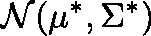
\mathcal { N } ( \mathbf { \mu } ^ { * } , \Sigma ^ { * } )